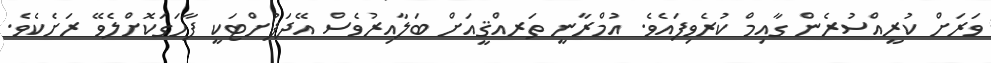
ވަރަށް ކުރީއްސުރެން ގާއިމް ކުރެވިފައެވެ. އުމްރާނީ ތަރއްޤީއަށް ބަލާއިރުވެސް އޭދަފުށްޓަކީ ފާހަގަކޮށްލެވޭ ރަށެކެވެ.